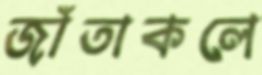
জাঁতাকলে